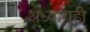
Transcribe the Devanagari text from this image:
अध्यायही